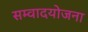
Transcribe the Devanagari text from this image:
सम्वादयोजना